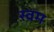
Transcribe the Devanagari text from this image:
स्वम